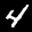
Label: 4